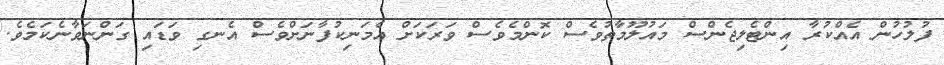
ފުލުހުން އެއްކުރާ އިންޓެލިޖެންސް މައުލޫމާތުވެސް ކޮންމެވެސް ވަރަކަށް އެމަނިކުފާނަށްވެސް އެނގި ވަޑައި ގަންނަވާނެކަމެވެ.